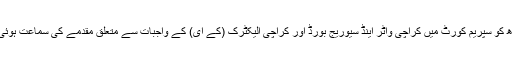
بدھ کو سپریم کورٹ میں کراچی واٹر اینڈ سیوریج بورڈ اور کراچی الیکٹرک (کے ای) کے واجبات سے متعلق مقدمے کی سماعت ہوئی ۔